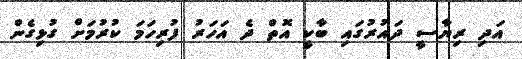
އަދި ރިޔާސީ ދައުރުގައި ބާކީ އޮތް ދެ އަހަރު ފުރިހަމަ ކުރުމަށް ގުޅިގެން